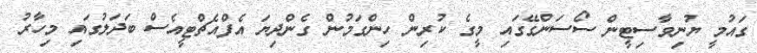
ގައުމީ ޔުނިވާސިޓީން ސޯސަންގޭގައި މީގެ ކުރިން ހިންގަމުން ގެންދިޔަ އެފްއެޗްޓީއެސް ބަދަލުގައި މިހާރު